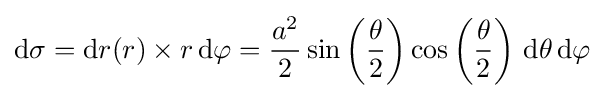
\mathrm {d} \sigma =\mathrm {d} r(r)\times r\,\mathrm {d} \varphi ={\frac {a^{2}}{2}}\sin \left({\frac {\theta }{2}}\right)\cos \left({\frac {\theta }{2}}\right)\,\mathrm {d} \theta \,\mathrm {d} \varphi